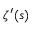
\zeta ^ { \prime } ( s )